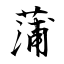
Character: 蒲